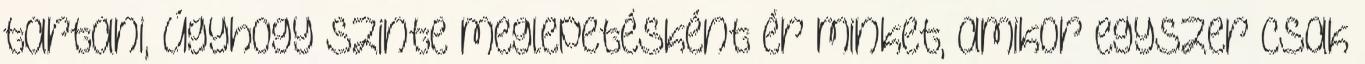
tartani, úgyhogy szinte meglepetésként ér minket, amikor egyszer csak